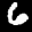
Label: 6